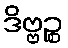
ဒိဗ္ဗဉ္စ